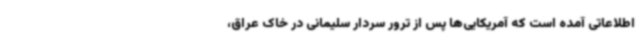
اطلاعاتی آمده است که آمریکایی‌ها پس از ترور سردار سلیمانی در خاک عراق،